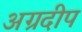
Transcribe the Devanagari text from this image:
अग्रदीप